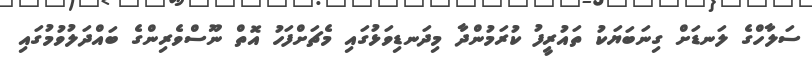
ސަލާހްގެ ލަނޑަށް ގިނަބަޔަކު ތައުރީފު ކުރަމުންދާ މިދަނޑިވަޅުގައި މެޗަށްފަހު އޮތް ނޫސްވެރިންގެ ބައްދަލުވުމުގައި